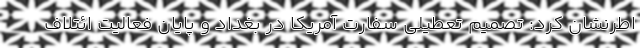
اطرنشان کرد: تصمیم تعطیلی سفارت آمریکا در بغداد و پایان فعالیت ائتلاف